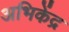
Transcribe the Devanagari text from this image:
अभिकेंद्र